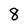
Character: 8